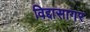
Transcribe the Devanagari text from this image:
विद्दासागर